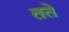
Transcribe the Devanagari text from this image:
तते